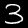
Digit: 3